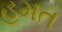
હમત